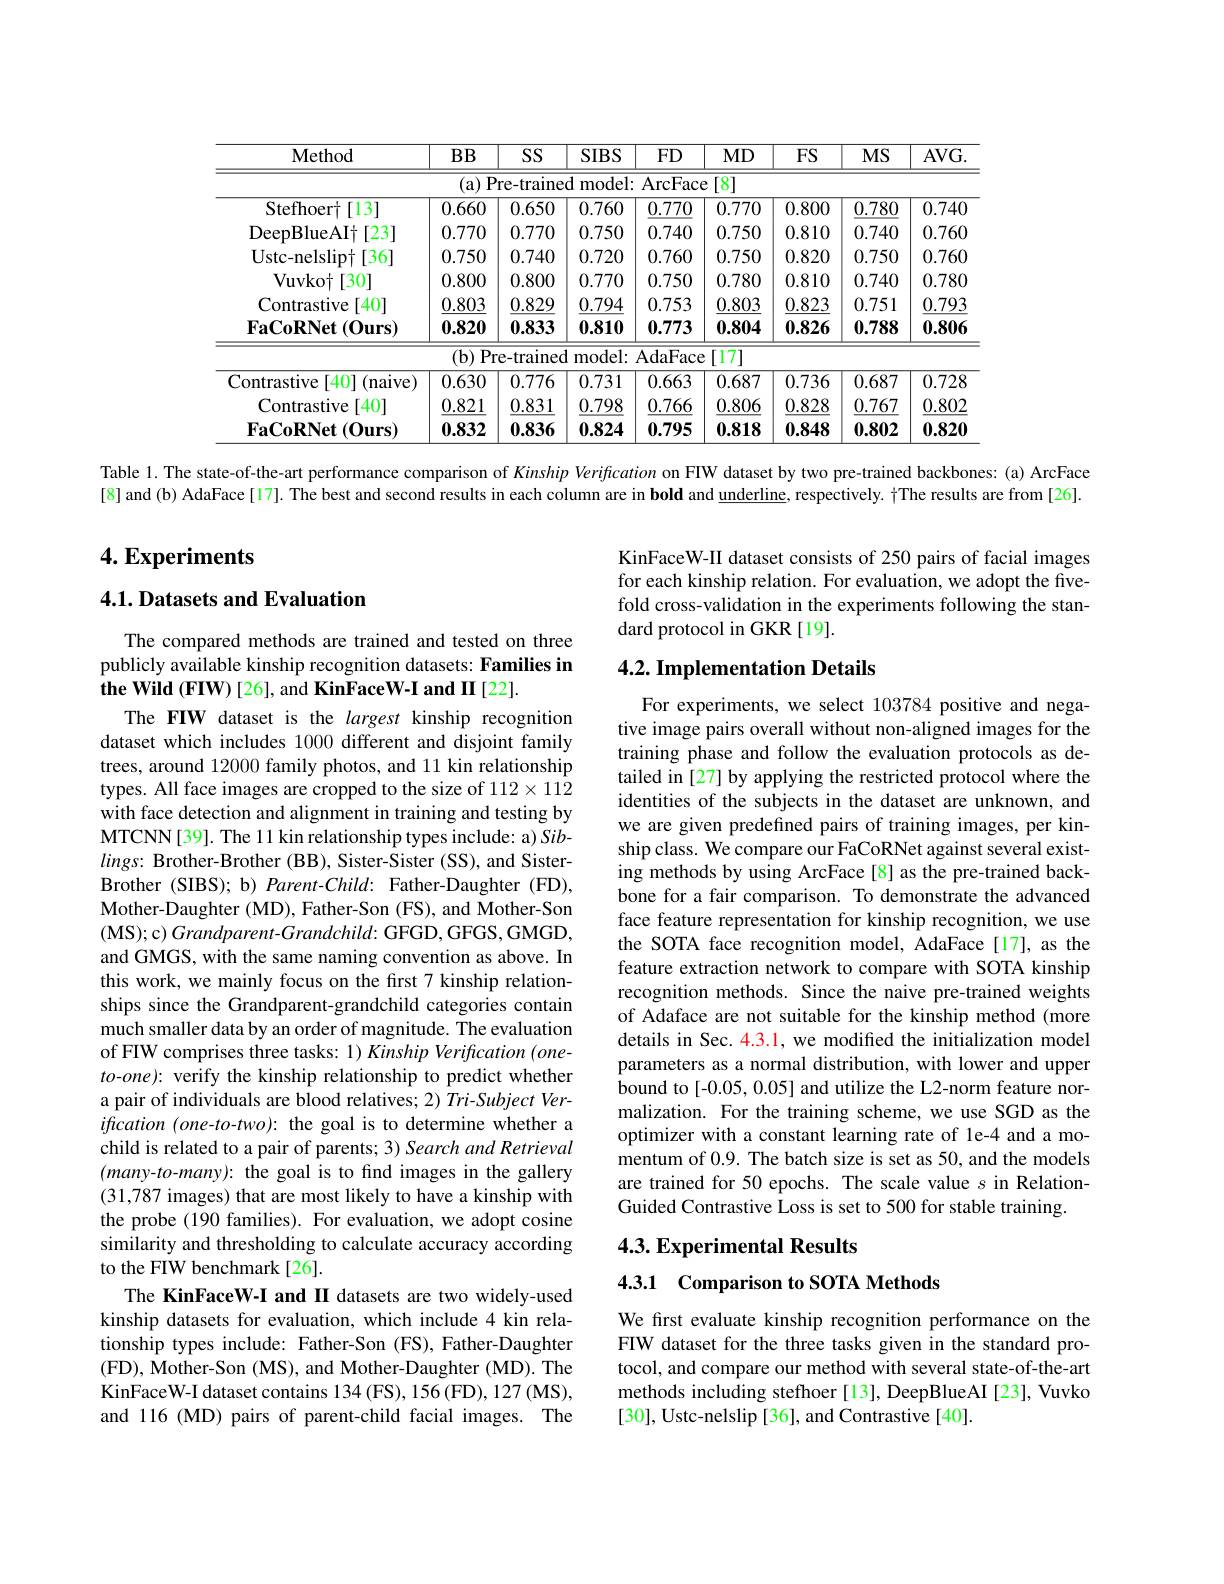
<table>
	<tbody>
		<tr>
			<th>$\mathbf{Method}$</th>
			<th>$BB$</th>
			<th>SS</th>
			<th>$SIBS$</th>
			<th>$FD$</th>
			<th>$MD$</th>
			<th>$FS$</th>
			<th>$MS$</th>
			<th>$AVG.$</th>
		</tr>
		<tr>
			<td> </td>
			<td>(a)P</td>
			<td>re-traine</td>
			<td>$d$ model: </td>
			<td>ArcFace</td>
			<td>:[8]</td>
			<td> </td>
			<td> </td>
			<td> </td>
		</tr>
		<tr>
			<td>Stefhoert[13]</td>
			<td>0.660</td>
			<td>0.650</td>
			<td>0.760</td>
			<td>0.770</td>
			<td>0.770</td>
			<td>0.800</td>
			<td>0.780</td>
			<td>0.740</td>
		</tr>
		<tr>
			<td>$\mathrm{DeepBlueAI}^{+}$ $\dagger[23]$</td>
			<td>0.770</td>
			<td>0.770</td>
			<td>0.750</td>
			<td>0.740</td>
			<td>0.750</td>
			<td>0.810</td>
			<td>0.740</td>
			<td>0.760</td>
		</tr>
		<tr>
			<td>Ustc- nelslipt[ 36] </td>
			<td>0.750</td>
			<td>0.740</td>
			<td>0.720</td>
			<td>0.760</td>
			<td>0.750</td>
			<td>0.820</td>
			<td>0.750</td>
			<td>0.760</td>
		</tr>
		<tr>
			<td>Vuvkot $\dagger[30]$</td>
			<td>0.800</td>
			<td>0.800</td>
			<td>0.770</td>
			<td>0.750</td>
			<td>0.780</td>
			<td>0.810</td>
			<td>0.740</td>
			<td>0.780</td>
		</tr>
		<tr>
			<td>Contrastive [40]</td>
			<td>0.803</td>
			<td>0.829</td>
			<td>0.794</td>
			<td>0.753</td>
			<td>0.803</td>
			<td>0.823</td>
			<td>0.751</td>
			<td>0.793</td>
		</tr>
		<tr>
			<td>$\mathbf{FaCoRNet}$ $(\mathbf{Ours})$</td>
			<td>0.820</td>
			<td>0.833</td>
			<td>0.810</td>
			<td>0.773</td>
			<td>0.804</td>
			<td>0.826</td>
			<td>0.788</td>
			<td>0.806</td>
		</tr>
		<tr>
			<td> </td>
			<td>$b)$ $P_{1}$</td>
			<td>re-trained</td>
			<td>${\mathrm{model}}:$</td>
			<td>AdaFace</td>
			<td>[17]</td>
			<td> </td>
			<td> </td>
			<td> </td>
		</tr>
		<tr>
			<td>Contrastive [40] $({\mathrm{naive}})$</td>
			<td>0.630</td>
			<td>0.776</td>
			<td>0.731</td>
			<td>0.663</td>
			<td>0.687</td>
			<td>0.736</td>
			<td>0.687</td>
			<td>0.728</td>
		</tr>
		<tr>
			<td>Contrastive $\lceil40\rceil$</td>
			<td>0.821</td>
			<td>0.831</td>
			<td>0.798</td>
			<td>0.766</td>
			<td>0.806</td>
			<td>0.828</td>
			<td>0.767</td>
			<td>0.802</td>
		</tr>
		<tr>
			<td>$\mathbf{FaCoRNet}$ $(\mathbf{Ours})$</td>
			<td>0.832</td>
			<td>0.836</td>
			<td>0.824</td>
			<td>0.795</td>
			<td>0.818</td>
			<td>0.848</td>
			<td>0.802</td>
			<td>0.820</td>
		</tr>
	</tbody>
</table>

Table 1. The state-of-the-art performance comparison of Kinship Verification on FIW dataset by two pre-trained backbones:( a) ArcFace

[8] and (b) AdaFace[17]. The best and second results in each column are in bold and underline, respectively. $\dagger$The results are from [26].

# 4. Experiments

KinFaceW-II dataset consists of 250 pairs of facial images for each kinship relation. For evaluation, we adopt the fivefold cross-validation in the experiments following the standard protocol in GKR[19].

## 4.1. Datasets and Evaluation

The compared methods are trained and tested on three publicly available kinship recognition datasets: Families in the Wild (FIW) [26], and KinFaceW-I and II [22].

### 4.2. Implementation Details

For experiments, we select 103784 positive and negative image pairs overall without non-aligned images for the training phase and follow the evaluation protocols as detailed in [27] by applying the restricted protocol where the identities of the subjects in the dataset are unknown, and we are given predefined pairs of training images, per kinship class. We compare our FaCoRNet against several existing methods by using ArcFace[8] as the pre-trained backbone for a fair comparison. To demonstrate the advanced face feature representation for kinship recognition, we use the SOTA face recognition model, AdaFace[17], as the feature extraction network to compare with SOTA kinship recognition methods. Since the naive pre-trained weights of Adaface are not suitable for the kinship method (more details in Sec. 4.3.1, we modified the initialization model parameters as a normal distribution, with lower and upper bound to[-0.05, 0.05] and utilize the L2-norm feature normalization. For the training scheme, we use SGD as the optimizer with a constant learning rate of 1e-4 and a momentum of 0.9. The batch size is set as 50, and the models are trained for 50 epochs. The scale value s in RelationGuided Contrastive Loss is set to 500 for stable training.

The FIW dataset is the largest kinship recognition dataset which includes 1000 different and disjoint family trees, around 12000 family photos, and 11 kin relationship types. All face images are cropped to the size of $112\times112$ with face detection and alignment in training and testing by MTCNN[39]. The 11 kin relationship types include: a) Sib- $lings:$ Brother-Brother (BB), Sister-Sister (SS), and SisterBrother (SIBS); b) Parent-Child: Father-Daughter (FD), Mother-Daughter (MD), Father-Son (FS), and Mother-Son (MS);c$)Grandparent-Grandchild:$GFGD,GFGS,GMGD, and GMGS, with the same naming convention as above. In this work, we mainly focus on the first 7 kinship relationships since the Grandparent-grandchild categories contain much smaller data by an order of magnitude. The evaluation of FIW comprises three tasks: 1) Kinship Verification (oneto-one): verify the kinship relationship to predict whether a pair of individuals are blood relatives; 2) Tri-Subject Verification (one-to-two): the goal is to determine whether a child is related to a pair of parents; 3) Search and Retrieval $(many-to-many):$ the goal is to find images in the gallery (31,787 images) that are most likely to have a kinship with the probe (190 families). For evaluation, we adopt cosine similarity and thresholding to calculate accuracy according to the FIW benchmark[26].
The KinFaceW-I and II datasets are two widely-used kinship datasets for evaluation, which include 4 kin relationship types include: Father-Son (FS), Father-Daughter (FD), Mother-Son (MS), and Mother-Daughter (MD). The KinFaceW-I dataset contains 134 (FS), 156 (FD), 127 (MS), and 116 (MD) pairs of parent-child facial images. The

## 4.3. Experimental Results

4.3.1 Comparison to SOTA Methods

We frst evaluate kinship recognition performance on the FIW dataset for the three tasks given in the standard protocol, and compare our method with several state-of-the-art methods including stefhoer [13], DeepBlueAI [23], Vuvko [30], Ustc-nelslip [36], and Contrastive [40].